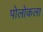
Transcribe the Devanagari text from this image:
पोलोकला